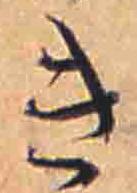
き